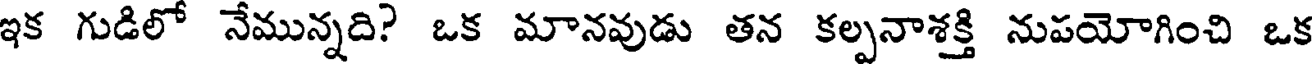
ఇక గుడిలో నేమున్నది? ఒక మానవుడు తన కల్పనాశక్తి నుపయోగించి ఒక